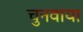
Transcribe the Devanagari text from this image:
चुनवाया